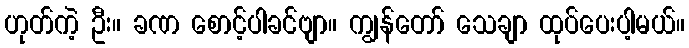
ဟုတ်ကဲ့ ဦး။ ခဏ စောင့်ပါခင်ဗျာ။ ကျွန်တော် သေချာ ထုပ်ပေးပါ့မယ်။